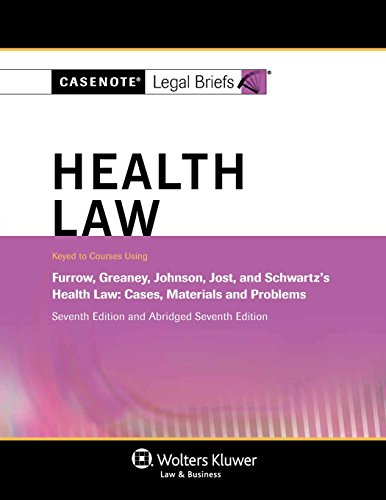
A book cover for Casenote Legal Briefs: Health Law, Keyed to Furrow, Greaney, Johnson, Jost, and Schwartz, Seventh Edition; Casenote Legal Briefs; Law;